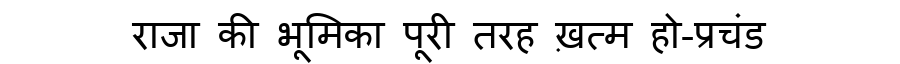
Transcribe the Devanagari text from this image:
राजा की भूमिका पूरी तरह ख़त्म हो-प्रचंड